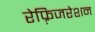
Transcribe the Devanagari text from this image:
रेफ़्रिजरेशन